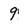
Character: 9